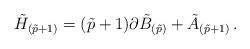
LaTeX: \begin{align*}\tilde{H}_{(\tilde{p}+1)} = (\tilde{p}+1)\partial\tilde{B}_{(\tilde{p})} +\tilde{A}_{(\tilde{p}+1)}\, .\end{align*}